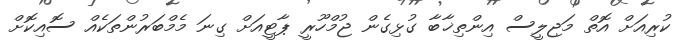
ކުރިއަށް އޮތް މަޖިލީސް އިންތިޚާބާ ގުޅިގެން ޖުމްހޫރީ ޕާޓީއަށް ގިނަ މެމްބަރުންތަކެއް ސޮއިކޮށް